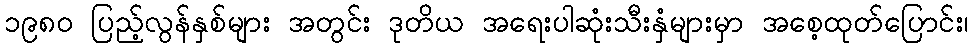
၁၉၈၀ ပြည့်လွန်နှစ်များ အတွင်း ဒုတိယ အရေးပါဆုံးသီးနှံများမှာ အစေ့ထုတ်ပြောင်း၊